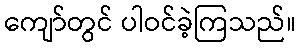
ကျော်တွင် ပါဝင်ခဲ့ကြသည်။